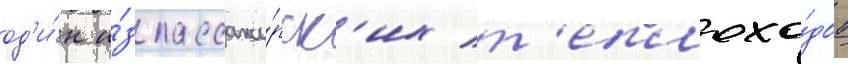
од'и́н и́з пассажи́рск'их т'еплохо́дов